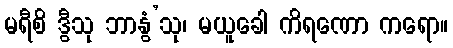
မရီစိ ဒွီသု ဘာနွံ’သု၊ မယူခေါ ကိရဏော ကရော။